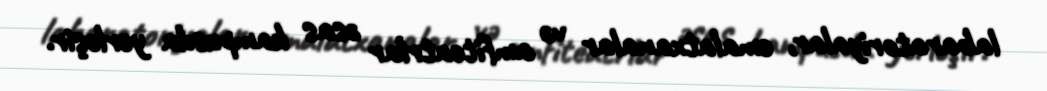
labaratoriyalar, emalatxanalar və amfiteatrlar əsas kampusda yerləşir.